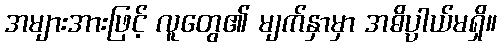
အများအားဖြင့် လူတွေ၏ မျက်နှာမှာ အဓိပ္ပာယ်မရှိ။